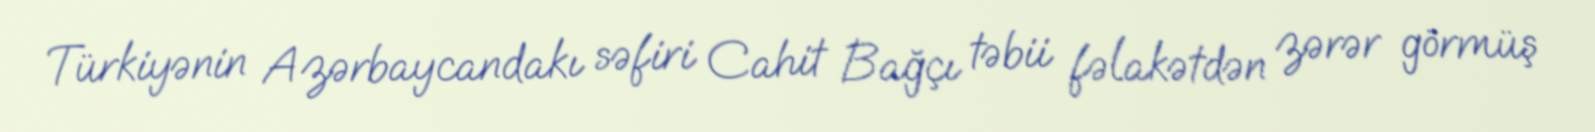
Türkiyənin Azərbaycandakı səfiri Cahit Bağçı təbii fəlakətdən zərər görmüş